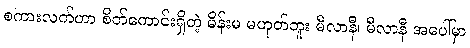
စကားလက်ဟာ စိတ်ကောင်းရှိတဲ့ မိန်းမ မဟုတ်ဘူး မီလာနီ၊ မီလာနီ အပေါ်မှာ